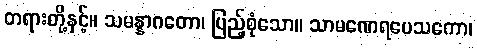
တရားတို့နှင့်။ သမန္နာဂတော၊ ပြည့်စုံသော။ သာမဏေရပေသကော၊